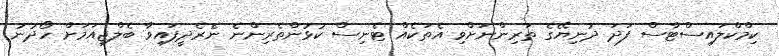
ކިމްކްލައިސްޓާސް ފަދަ ދުނިޔޭގެ ތަރިންނަށްވި އެތަކެއް ޓެނިސް ކުޅުންތެރިންނެ ނެރެދީފައިވާ ބެލްޖިއަމަށް ހޯދުނު